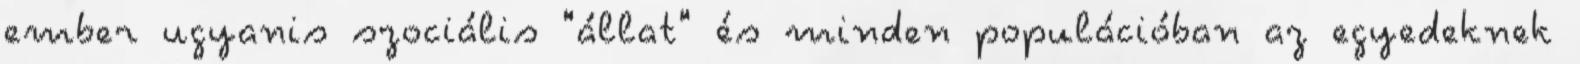
ember ugyanis szociális "állat" és minden populációban az egyedeknek